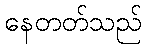
နေတတ်သည်